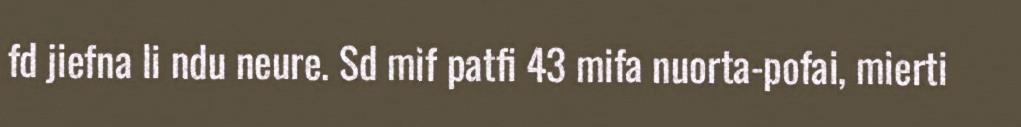
fd jiefna li ndu neure. Sd mif patfi 43 mifa nuorta-pofai, mierti